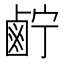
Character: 𱊷